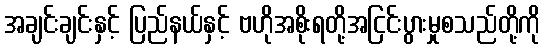
အချင်းချင်းနှင့် ပြည်နယ်နှင့် ဗဟိုအစိုးရတို့အငြင်းပွားမှုစသည်တို့ကို